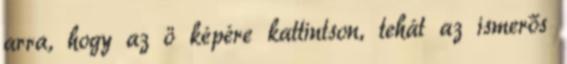
arra, hogy az ö képére kattintson, tehát az ismerős